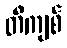
တီကျစ်